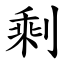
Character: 剩